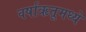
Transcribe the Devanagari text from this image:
वर्षाऋतूमध्ये